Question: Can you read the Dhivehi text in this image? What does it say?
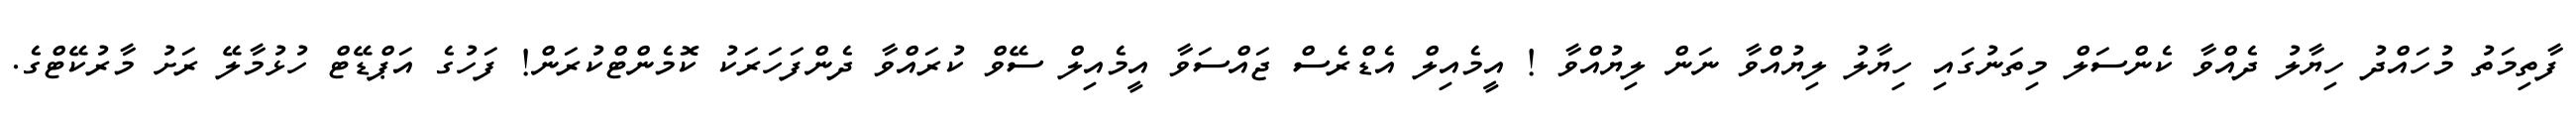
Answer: ފާތިމަތު މުހައްދު ހިޔާލު ދެއްވާ ކެންސަލް މިތަނުގައި ހިޔާލު ލިޔުއްވާ ނަން ލިޔުއްވާ ! އީމެއިލް އެޑްރެސް ޖައްސަވާ އީމެއިލް ސޭވް ކުރައްވާ ދެންފަހަރަކު ކޮމެންޓްކުރަން! ފަހުގެ އަޕްޑޭޓް ހުޅުމާލޭ ރަށު މާރުކޭޓްގެ.